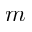
m